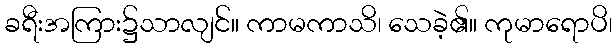
ခရီးအကြား၌သာလျင်။ ကာမကာသိ၊ သေခဲ့၏။ ကုမာရောပိ၊